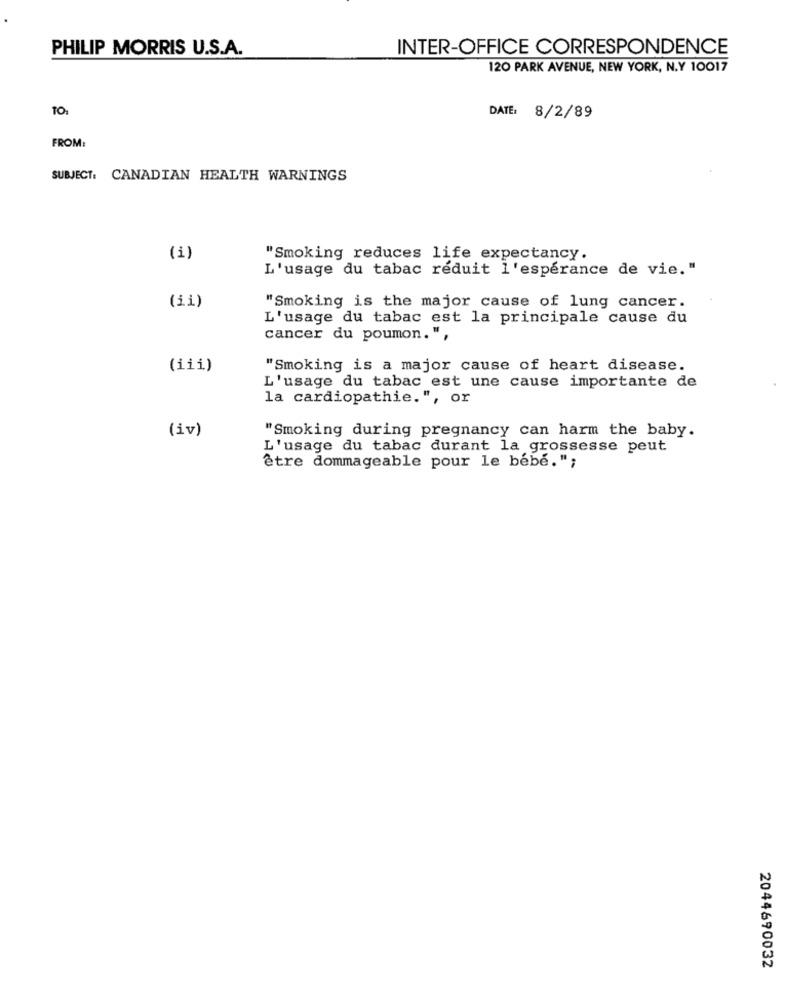
PHILIP MORRIS U.S.A.
INTER-OFFICE CORRESPONDENCE
120 PARK AVENUE, NEW YORK, N.Y 10017
101
DATE: 8/2/89
FROM:
SUBJECT: CANADIAN HEALTH WARNINGS
(i)
"Smoking reduces life expectancy.
L'usage du tabac réduit l'espérance de vie."
(ii)
"Smoking is the major cause of lung cancer.
L'usage du tabac est la principale cause du
cancer du poumon. ",
(iii)
"Smoking is a major cause of heart disease.
L'usage du tabac est une cause importante de
la cardiopathie.", or
(iv)
"Smoking during pregnancy can harm the baby.
L'usage du tabac durant la grossesse peut
être dommageable pour le bébé.";
2044690032